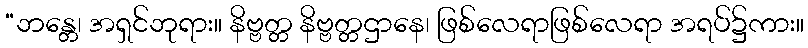
“ဘန္တေ၊ အရှင်ဘုရား။ နိဗ္ဗတ္တ နိဗ္ဗတ္တဌာနေ၊ ဖြစ်လေရာဖြစ်လေရာ အရပ်၌ကား။